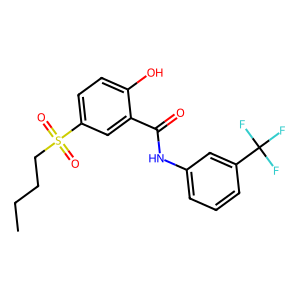
SMILES: CCCCS(=O)(=O)c1ccc(O)c(C(=O)Nc2cccc(C(F)(F)F)c2)c1
Inhibits HIV replication: No